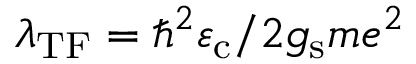
\lambda _ { \mathrm { T F } } = \hbar ^ { 2 } \varepsilon _ { \mathrm { c } } / 2 g _ { \mathrm { s } } m e ^ { 2 }